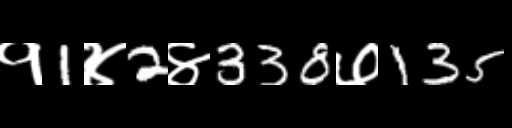
Text: १1४2४338७135